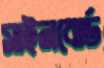
সাইনবোর্ড